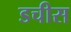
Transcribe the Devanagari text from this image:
डचीस